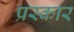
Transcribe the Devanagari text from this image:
प्रस्कार